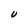
Character: U